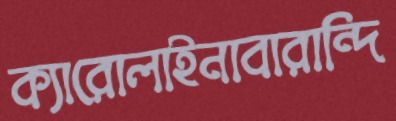
ক্যারোলাইনাবারান্দি